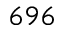
6 9 6